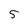
Character: 5